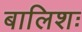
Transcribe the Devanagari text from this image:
बालिशः